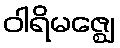
ဝါရိမဇ္ဈေ